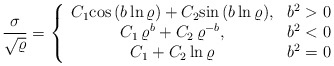
\begin{align*}\frac{\sigma}{\sqrt{\varrho}} =\left\{\begin{array}{ccc}C_1 {\rm cos}\, (b\,{\rm ln}\,\varrho) + C_2 {\rm sin}\,(b\,{\rm ln}\,\varrho),& b^2 > 0 \\C_1\, \varrho^b + C_2\, \varrho^{-b}, & b^2 < 0 \\C_1 + C_2\, {\rm ln}\,\varrho & b^2 = 0\end{array}\right.\end{align*}